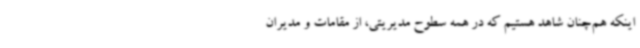
اینکه هم‌چنان شاهد هستیم که در همه سطوح مدیریتی، از مقامات و مدیران